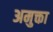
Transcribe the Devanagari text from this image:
अमुक्ता